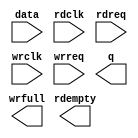
module pixelFifo (
	data,
	rdclk,
	rdreq,
	wrclk,
	wrreq,
	q,
	rdempty,
	wrfull);

	input	[23:0]  data;
	input	  rdclk;
	input	  rdreq;
	input	  wrclk;
	input	  wrreq;
	output	[23:0]  q;
	output	  rdempty;
	output	  wrfull;

endmodule